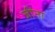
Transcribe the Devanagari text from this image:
जींना